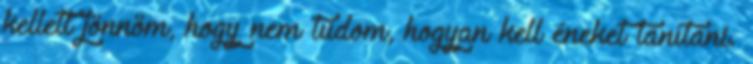
kellett jönnöm, hogy nem tudom, hogyan kell éneket tanítani.